Indian journal of veterinary science and animal husbandry - Volume 4,
Year: 1934
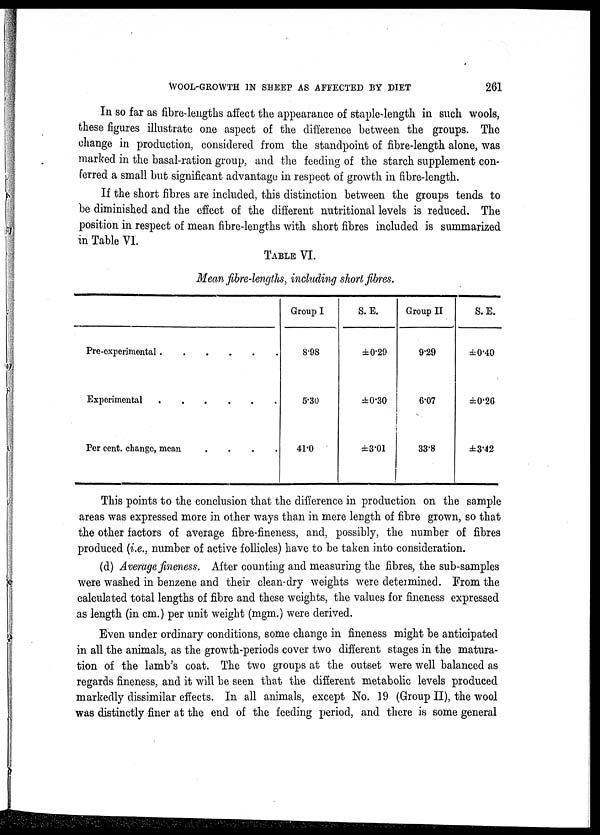
WOOL-GROWTH IN SHEEP AS AFFECTED BY DIET
261
In so far as fibre-lengths affect the appearance of staple-length in such wools,
these figures illustrate one aspect of the difference between the groups. The
change in production, considered from the standpoint of fibre-length alone, was
marked in the basal-ration group, and the feeding of the starch supplement con-
ferred a small but significant advantage in respect of growth in fibre-length.
If the short fibres are included, this distinction between the groups tends to
be diminished and the effect of the different nutritional levels is reduced. The
position in respect of mean fibre-lengths with short fibres included is summarized
in Table VI.
TABLE VI.
Mean fibre-lengths, including short fibres.
Pre-experimental . . . . . . .
Experimental. . . . . . .
Per cent. change, mean. . . . . .
Group I
8.98
5.30
41.0
S. E.
±0.29
±0.30
±3.01
Group II
9.29
6.07
33.8
S.E.
±0.40
±0.26
±3.42
This points to the conclusion that the difference in production on the sample
areas was expressed more in other ways than in mere length of fibre grown, so that
the other factors of average fibre-fineness, and, possibly, the number of fibres
produced (i.e., number of active follicles) have to be taken into consideration.
(d) Average fineness. After counting and measuring the fibres, the sub-samples
were washed in benzene and their clean-dry weights were determined. From the
calculated total lengths of fibre and these weights, the values for fineness expressed
as length (in cm.) per unit weight (mgm.) were derived.
Even under ordinary conditions, some change in fineness might be anticipated
in all the animals, as the growth-periods cover two different stages in the matura-
tion of the lamb's coat. The two groups at the outset were well balanced as
regards fineness, and it will be seen that the different metabolic levels produced
markedly dissimilar effects. In all animals, except No. 19 (Group II), the wool
was distinctly finer at the end of the feeding period, and there is some general